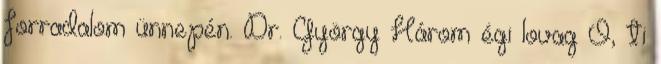
forradalom ünnepén. Dr. György Három égi lovag Ó, ti